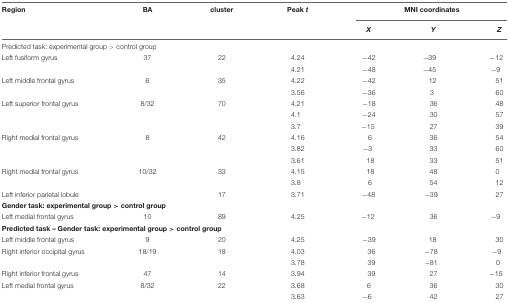
<table><thead><tr><td><b>Region</b></td><td><b>BA</b></td><td><b>cluster</b></td><td><b>Peak <i>t</i></b></td><td colspan="3"><b>MNI coordinates</b></td></tr><tr><td>[EMPTY_CELL]</td><td>[EMPTY_CELL]</td><td>[EMPTY_CELL]</td><td>[EMPTY_CELL]</td><td><b><i>X</i></b></td><td><b><i>Y</i></b></td><td><b><i>Z</i></b></td></tr></thead><tbody><tr><td colspan="7">Predicted task: experimental group &gt; control group</td></tr><tr><td>Left fusiform gyrus</td><td>37</td><td>22</td><td>4.24</td><td>-42</td><td>-39</td><td>-12</td></tr><tr><td>[EMPTY_CELL]</td><td>[EMPTY_CELL]</td><td>[EMPTY_CELL]</td><td>4.21</td><td>-48</td><td>-45</td><td>-9</td></tr><tr><td>Left middle frontal gyrus</td><td>6</td><td>35</td><td>4.22</td><td>-42</td><td>12</td><td>51</td></tr><tr><td>[EMPTY_CELL]</td><td>[EMPTY_CELL]</td><td>[EMPTY_CELL]</td><td>3.56</td><td>-36</td><td>3</td><td>60</td></tr><tr><td>Left superior frontal gyrus</td><td>8/32</td><td>70</td><td>4.21</td><td>-18</td><td>36</td><td>48</td></tr><tr><td>[EMPTY_CELL]</td><td>[EMPTY_CELL]</td><td>[EMPTY_CELL]</td><td>4.1</td><td>-24</td><td>30</td><td>57</td></tr><tr><td>[EMPTY_CELL]</td><td>[EMPTY_CELL]</td><td>[EMPTY_CELL]</td><td>3.7</td><td>-15</td><td>27</td><td>39</td></tr><tr><td>Right medial frontal gyrus</td><td>8</td><td>42</td><td>4.16</td><td>6</td><td>36</td><td>54</td></tr><tr><td>[EMPTY_CELL]</td><td>[EMPTY_CELL]</td><td>[EMPTY_CELL]</td><td>3.82</td><td>-3</td><td>33</td><td>60</td></tr><tr><td>[EMPTY_CELL]</td><td>[EMPTY_CELL]</td><td>[EMPTY_CELL]</td><td>3.61</td><td>18</td><td>33</td><td>51</td></tr><tr><td>Right medial frontal gyrus</td><td>10/32</td><td>33</td><td>4.15</td><td>18</td><td>48</td><td>0</td></tr><tr><td>[EMPTY_CELL]</td><td>[EMPTY_CELL]</td><td>[EMPTY_CELL]</td><td>3.8</td><td>6</td><td>54</td><td>12</td></tr><tr><td>Left inferior parietal lobule</td><td>[EMPTY_CELL]</td><td>17</td><td>3.71</td><td>-48</td><td>-39</td><td>27</td></tr><tr><td colspan="7"><b>Gender task: experimental group &gt; control group</b></td></tr><tr><td>Left medial frontal gyrus</td><td>10</td><td>89</td><td>4.25</td><td>-12</td><td>36</td><td>-9</td></tr><tr><td colspan="7"><b>Predicted task – Gender task: experimental group &gt; control group</b></td></tr><tr><td>Left middle frontal gyrus</td><td>9</td><td>20</td><td>4.25</td><td>-39</td><td>18</td><td>30</td></tr><tr><td>Right inferior occipital gyrus</td><td>18/19</td><td>18</td><td>4.03</td><td>36</td><td>-78</td><td>-9</td></tr><tr><td>[EMPTY_CELL]</td><td>[EMPTY_CELL]</td><td>[EMPTY_CELL]</td><td>3.78</td><td>39</td><td>-81</td><td>0</td></tr><tr><td>Right inferior frontal gyrus</td><td>47</td><td>14</td><td>3.94</td><td>39</td><td>27</td><td>-15</td></tr><tr><td>Left medial frontal gyrus</td><td>8/32</td><td>22</td><td>3.68</td><td>6</td><td>36</td><td>30</td></tr><tr><td>[EMPTY_CELL]</td><td>[EMPTY_CELL]</td><td>[EMPTY_CELL]</td><td>3.63</td><td>-6</td><td>42</td><td>27</td></tr></tbody></table>